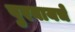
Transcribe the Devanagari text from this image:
पुरवायचे